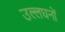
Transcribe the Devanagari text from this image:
उल्लघनों